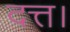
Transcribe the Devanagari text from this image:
दत्त।